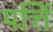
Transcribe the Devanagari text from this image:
पत्तिं